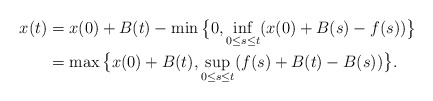
\begin{align*}\begin{aligned}x(t)&=x(0)+B(t)-\min\big\{0,\inf_{0\leq s \leq t}(x(0)+B(s)-f(s))\big\} \\&= \max\big\{x(0)+B(t),\sup_{0\leq s \leq t}(f(s)+B(t)-B(s))\big\}.\end{aligned}\end{align*}